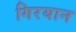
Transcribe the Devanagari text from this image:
गिरयान